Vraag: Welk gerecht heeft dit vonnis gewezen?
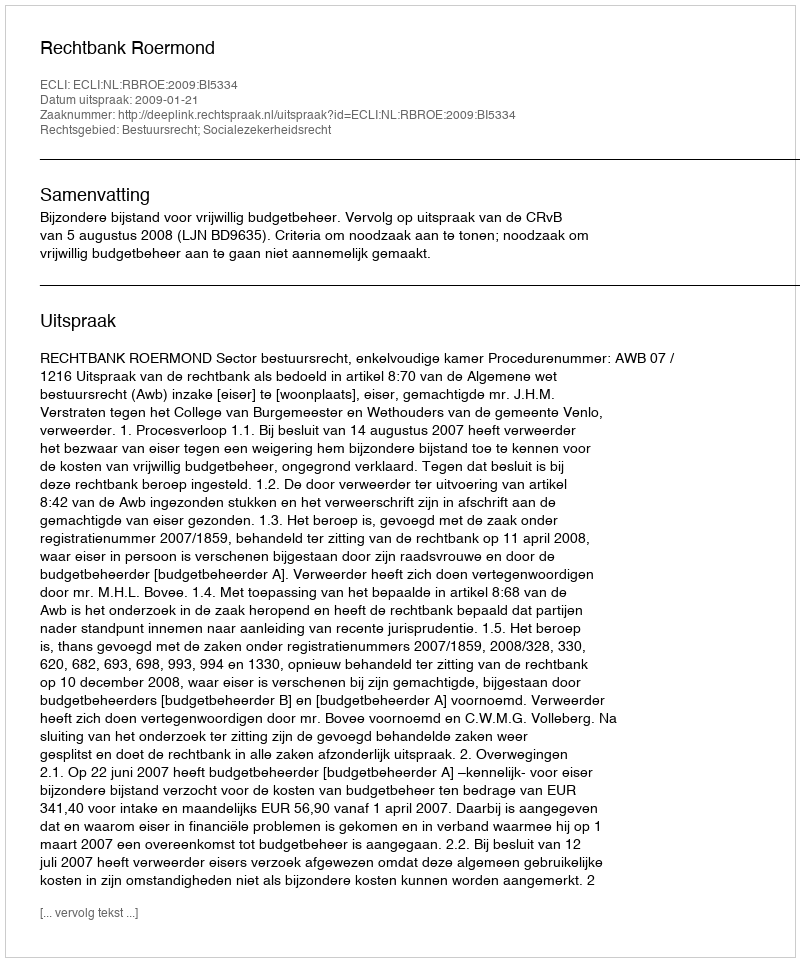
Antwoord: Rechtbank Roermond